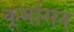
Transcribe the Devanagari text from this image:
कूर्मासन